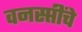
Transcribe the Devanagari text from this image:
वनस्प्तींचे